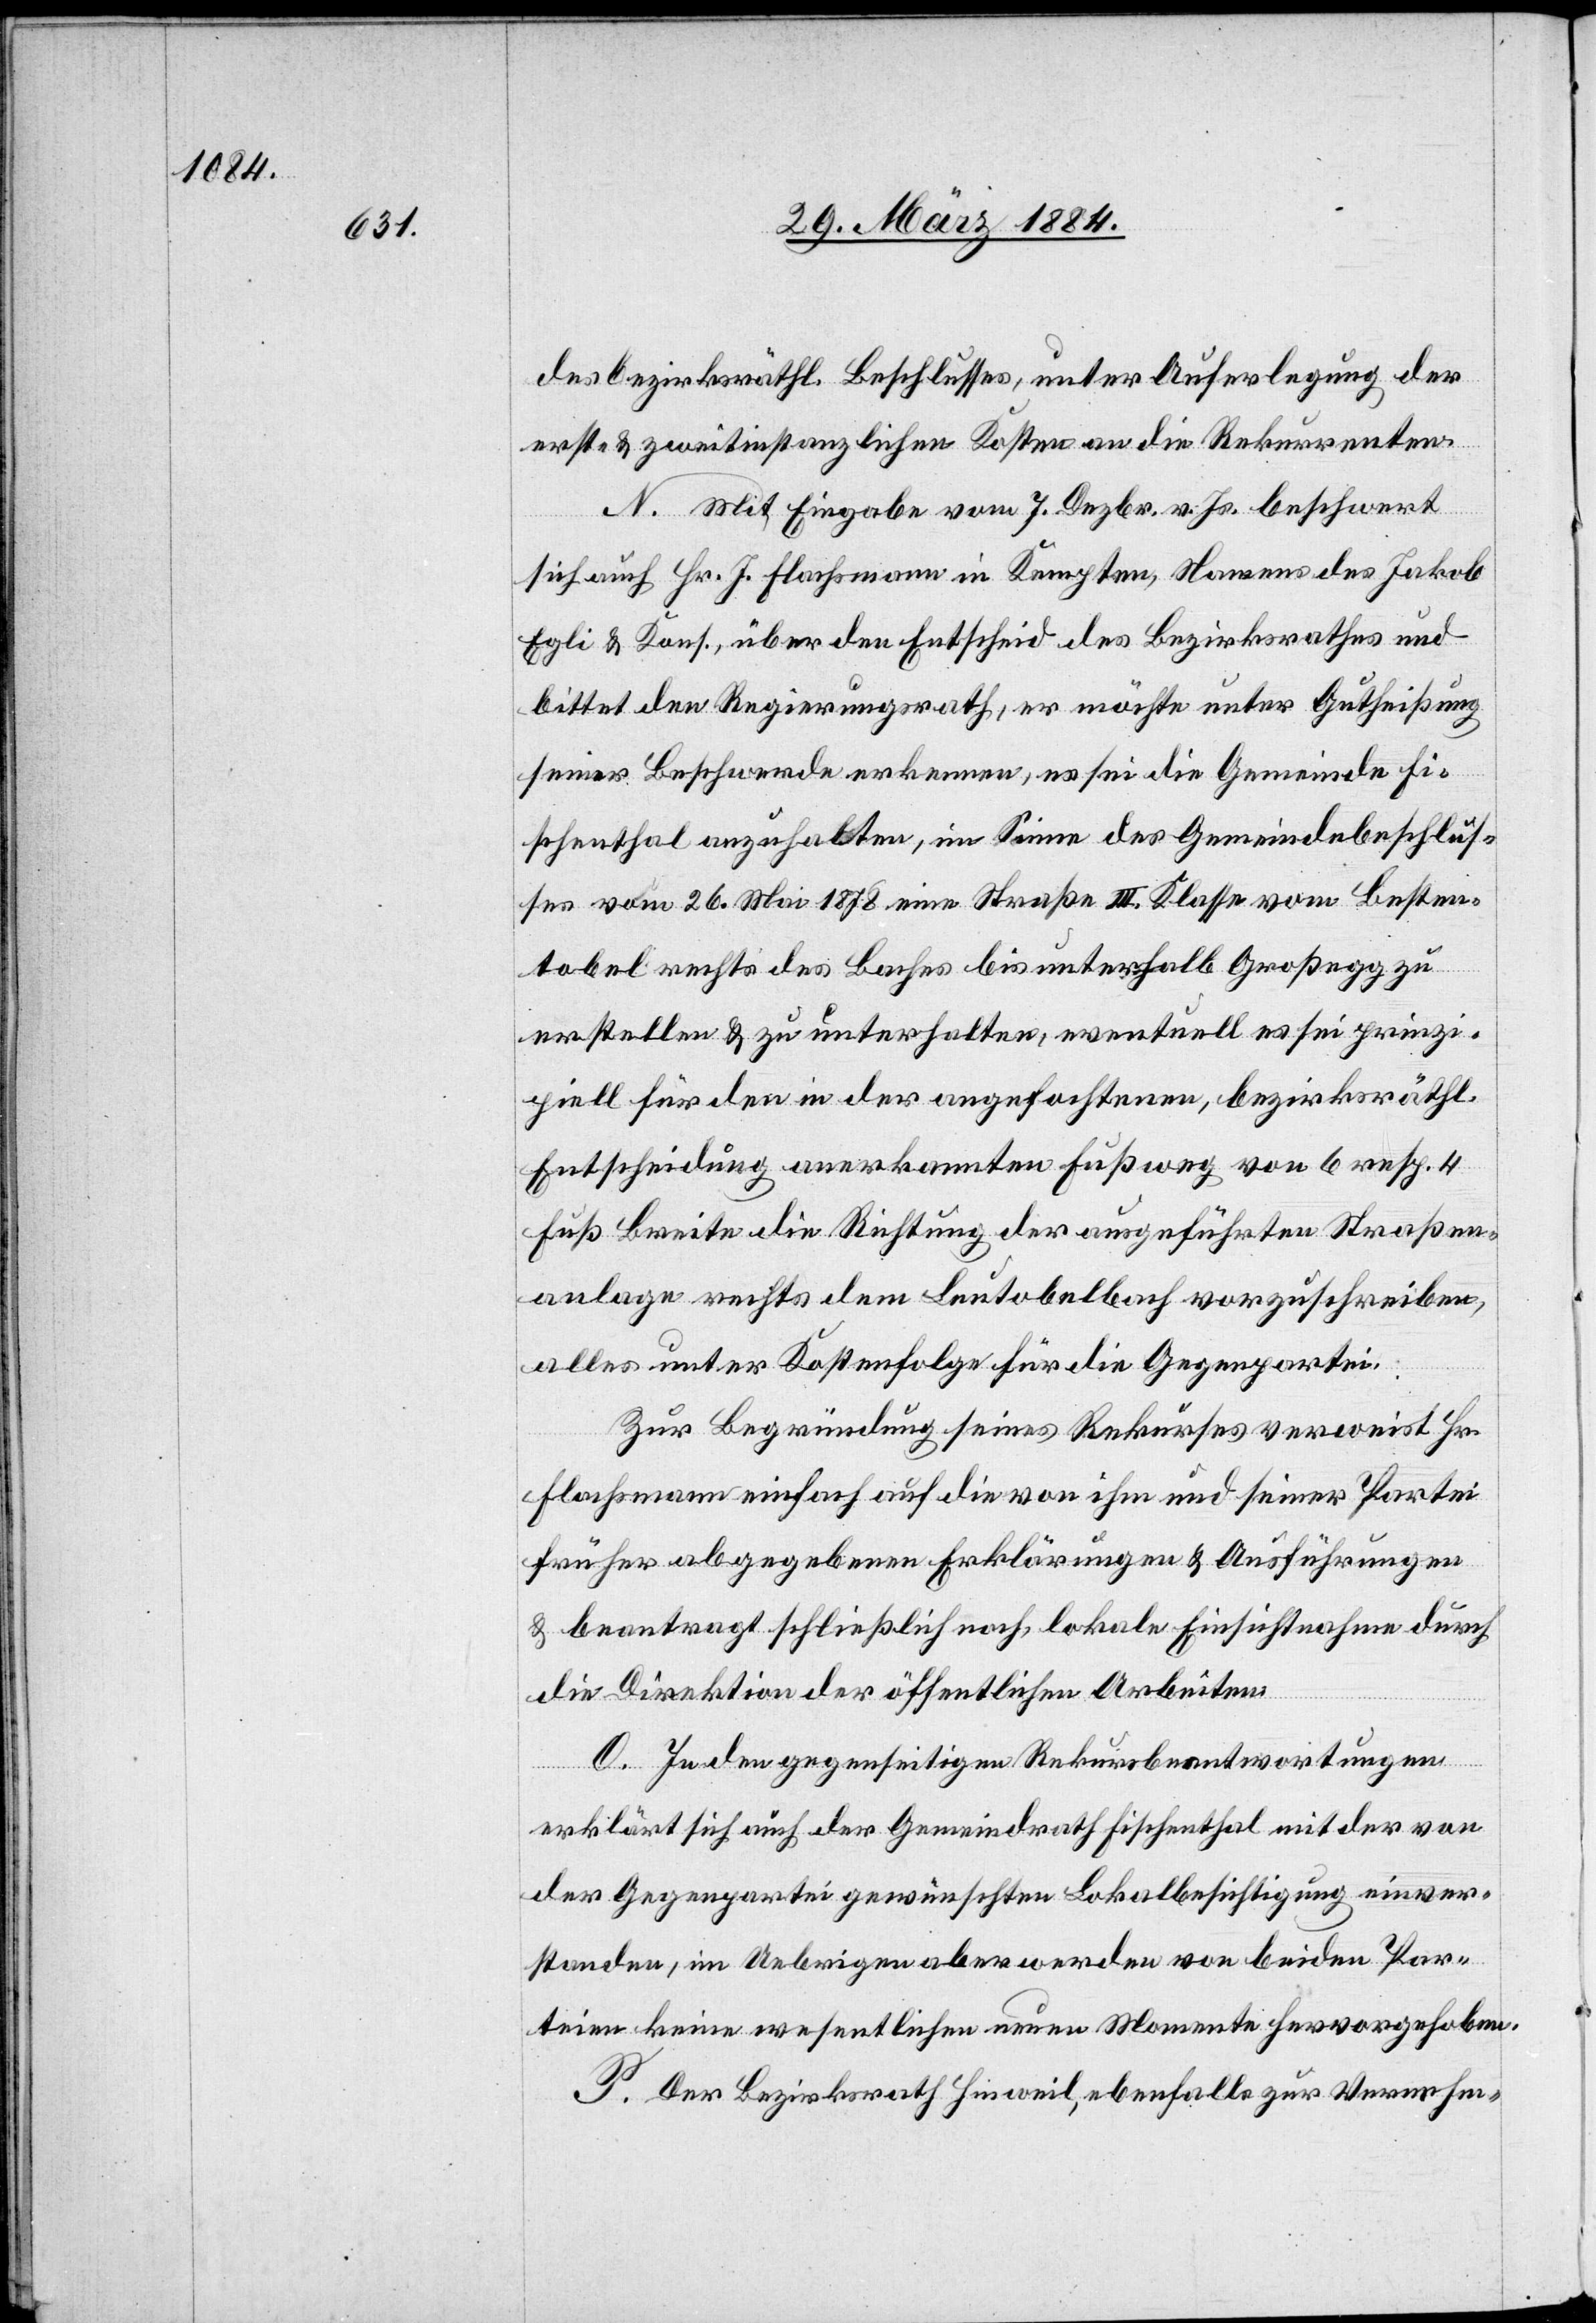
bezirksräthl. Beschlusses, unter Auferlegung der
erst- & zweitinstanzlichen Kosten an die Rekurrenten.
N. Mit Eingabe vom 7. Dezbr. v. Js. beschwert
sich auch Hr. J. Flachsmann in Kempten, Namens des Jakob
Egli & Kons., über den Entscheid des Bezirksrathes und
bittet den Regierungsrath, er möchte unter Gutheißung
seiner Beschwerde erkennen, es sei die Gemeinde Fi¬
schenthal anzuhalten, im Sinne des Gemeindebeschlus¬
ses vom 26. Mai 1878 eine Straße III. Klasse vom Besten¬
tobel rechts des Baches bis unterhalb Großegg zu
erstellen & zu unterhalten, eventuell es sei prinzi¬
piell für den in der angefochtenen, bezirksräthl.
Entscheidung anerkannten Fußweg von 6 resp. 4
Fuß Breite die Richtung der ausgeführten Straßen¬
anlage rechts dem Leutobelbach vorzuschreiben,
alles unter Kostenfolge für die Gegenpartei.
Zur Begründung seines Rekurses verweist Hr.
Flachsmann einfach auf die von ihm und seiner Partei
früher abgegebenen Erklärungen & Ausführungen
& beantragt schließlich noch, lokale Einsichtnahme durch
die Direktion der öffentlichen Arbeiten.
O. In den gegenseitigen Rekursbeantwortungen
erklärt sich auch der Gemeindrath Fischenthal mit der von
der Gegenpartei gewünschten Lokalbesichtigung einver¬
standen, im Uebrigen aber werden von beiden Par¬
teien keine wesentlichen neuen Momente hervorgehoben.
P. Der Bezirksrath Hinweil, ebenfalls zur Vernehm-